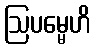
ဩပမ္မေဟိ